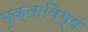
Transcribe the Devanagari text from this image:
मुक्ताविभूषं